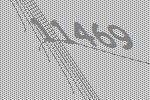
11469